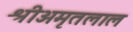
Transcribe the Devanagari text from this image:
श्रीअमृतलाल